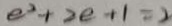
e ^ { 2 } + 2 e + 1 = 2